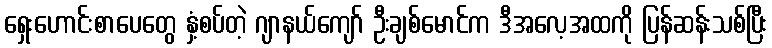
ရှေးဟောင်းစာပေတွေ နှံ့စပ်တဲ့ ဂျာနယ်ကျော် ဦးချစ်မောင်က ဒီအလေ့အထကို ပြန်ဆန်းသစ်ပြီး